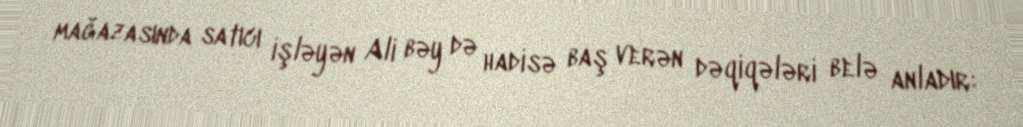
mağazasında satıcı işləyən Ali bəy də hadisə baş verən dəqiqələri belə anladır: